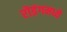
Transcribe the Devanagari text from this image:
रोइंगमध्ये